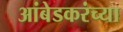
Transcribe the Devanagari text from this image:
आंबेडकरंच्या